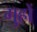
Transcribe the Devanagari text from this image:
गुहों